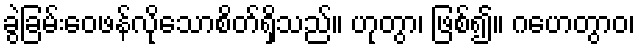
ခွဲခြမ်းဝေဖန်လိုသောစိတ်ရှိသည်။ ဟုတွာ၊ ဖြစ်၍။ ဂဟေတွာဝ၊